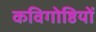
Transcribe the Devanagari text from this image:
कविगोष्ठियों